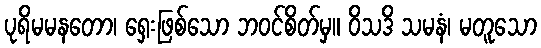
ပုရိမမနတော၊ ရှေးဖြစ်သော ဘဝင်စိတ်မှ။ ဝိသဒိ သမနံ၊ မတူသော